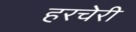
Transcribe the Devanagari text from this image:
हरचेरी